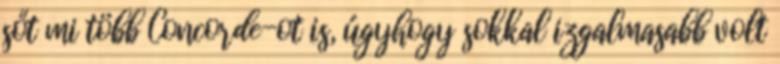
sőt mi több Concorde-ot is, úgyhogy sokkal izgalmasabb volt